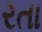
રતા